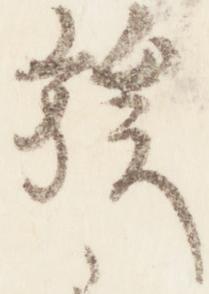
族